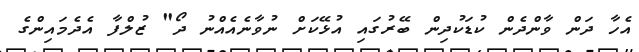
އެހާ ދަން ވާންދެން ކުޑަކުދިން ބޭރުގައި އުޅޭކަށް ނުވާނެއެއްނު ދޯ" ޒުލްފާ އެދެމައިންގެ